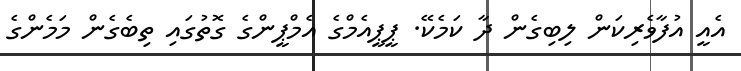
އެއީ އުފާވެރިކަން ލިބިގެން ދާ ކަމެކޭ. ޕީޕީއެމްގެ އެމްޕީންގެ ގޮތުގައި ތިބެގެން މަމެންގެ